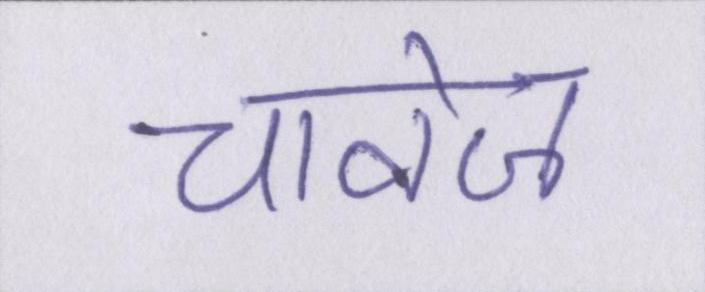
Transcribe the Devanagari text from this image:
चावेज